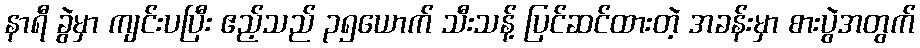
နာရီ ခွဲမှာ ကျင်းပပြီး ဧည့်သည် ၃၅ယောက် သီးသန့် ပြင်ဆင်ထားတဲ့ အခန်းမှာ စားပွဲအတွက်